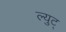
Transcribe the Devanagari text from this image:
ल्युट्